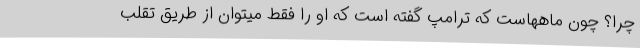
چرا؟ چون ماههاست که ترامپ گفته است که او را فقط میتوان از طریق تقلب